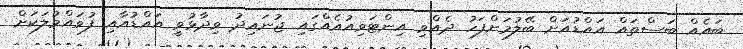
ބައެއް ބަސްތައް އައްޑުއަށް ބޭލުމަށްފަހު ދެއްވި އިންޓަވިއުއެއްގައި ޖުނައިދު ވިދާޅުވީ އައްޑުއާއި ފުވައްމުލަކަށް